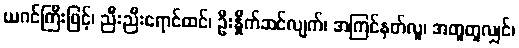
ယဂင်ကြီးဖြင့်၊ ညီးညီးရောင်ထင်၊ ဦးနှိုက်ဆင်လျက်၊ အကြင်နတ်လူ၊ အတူတူလျှင်၊